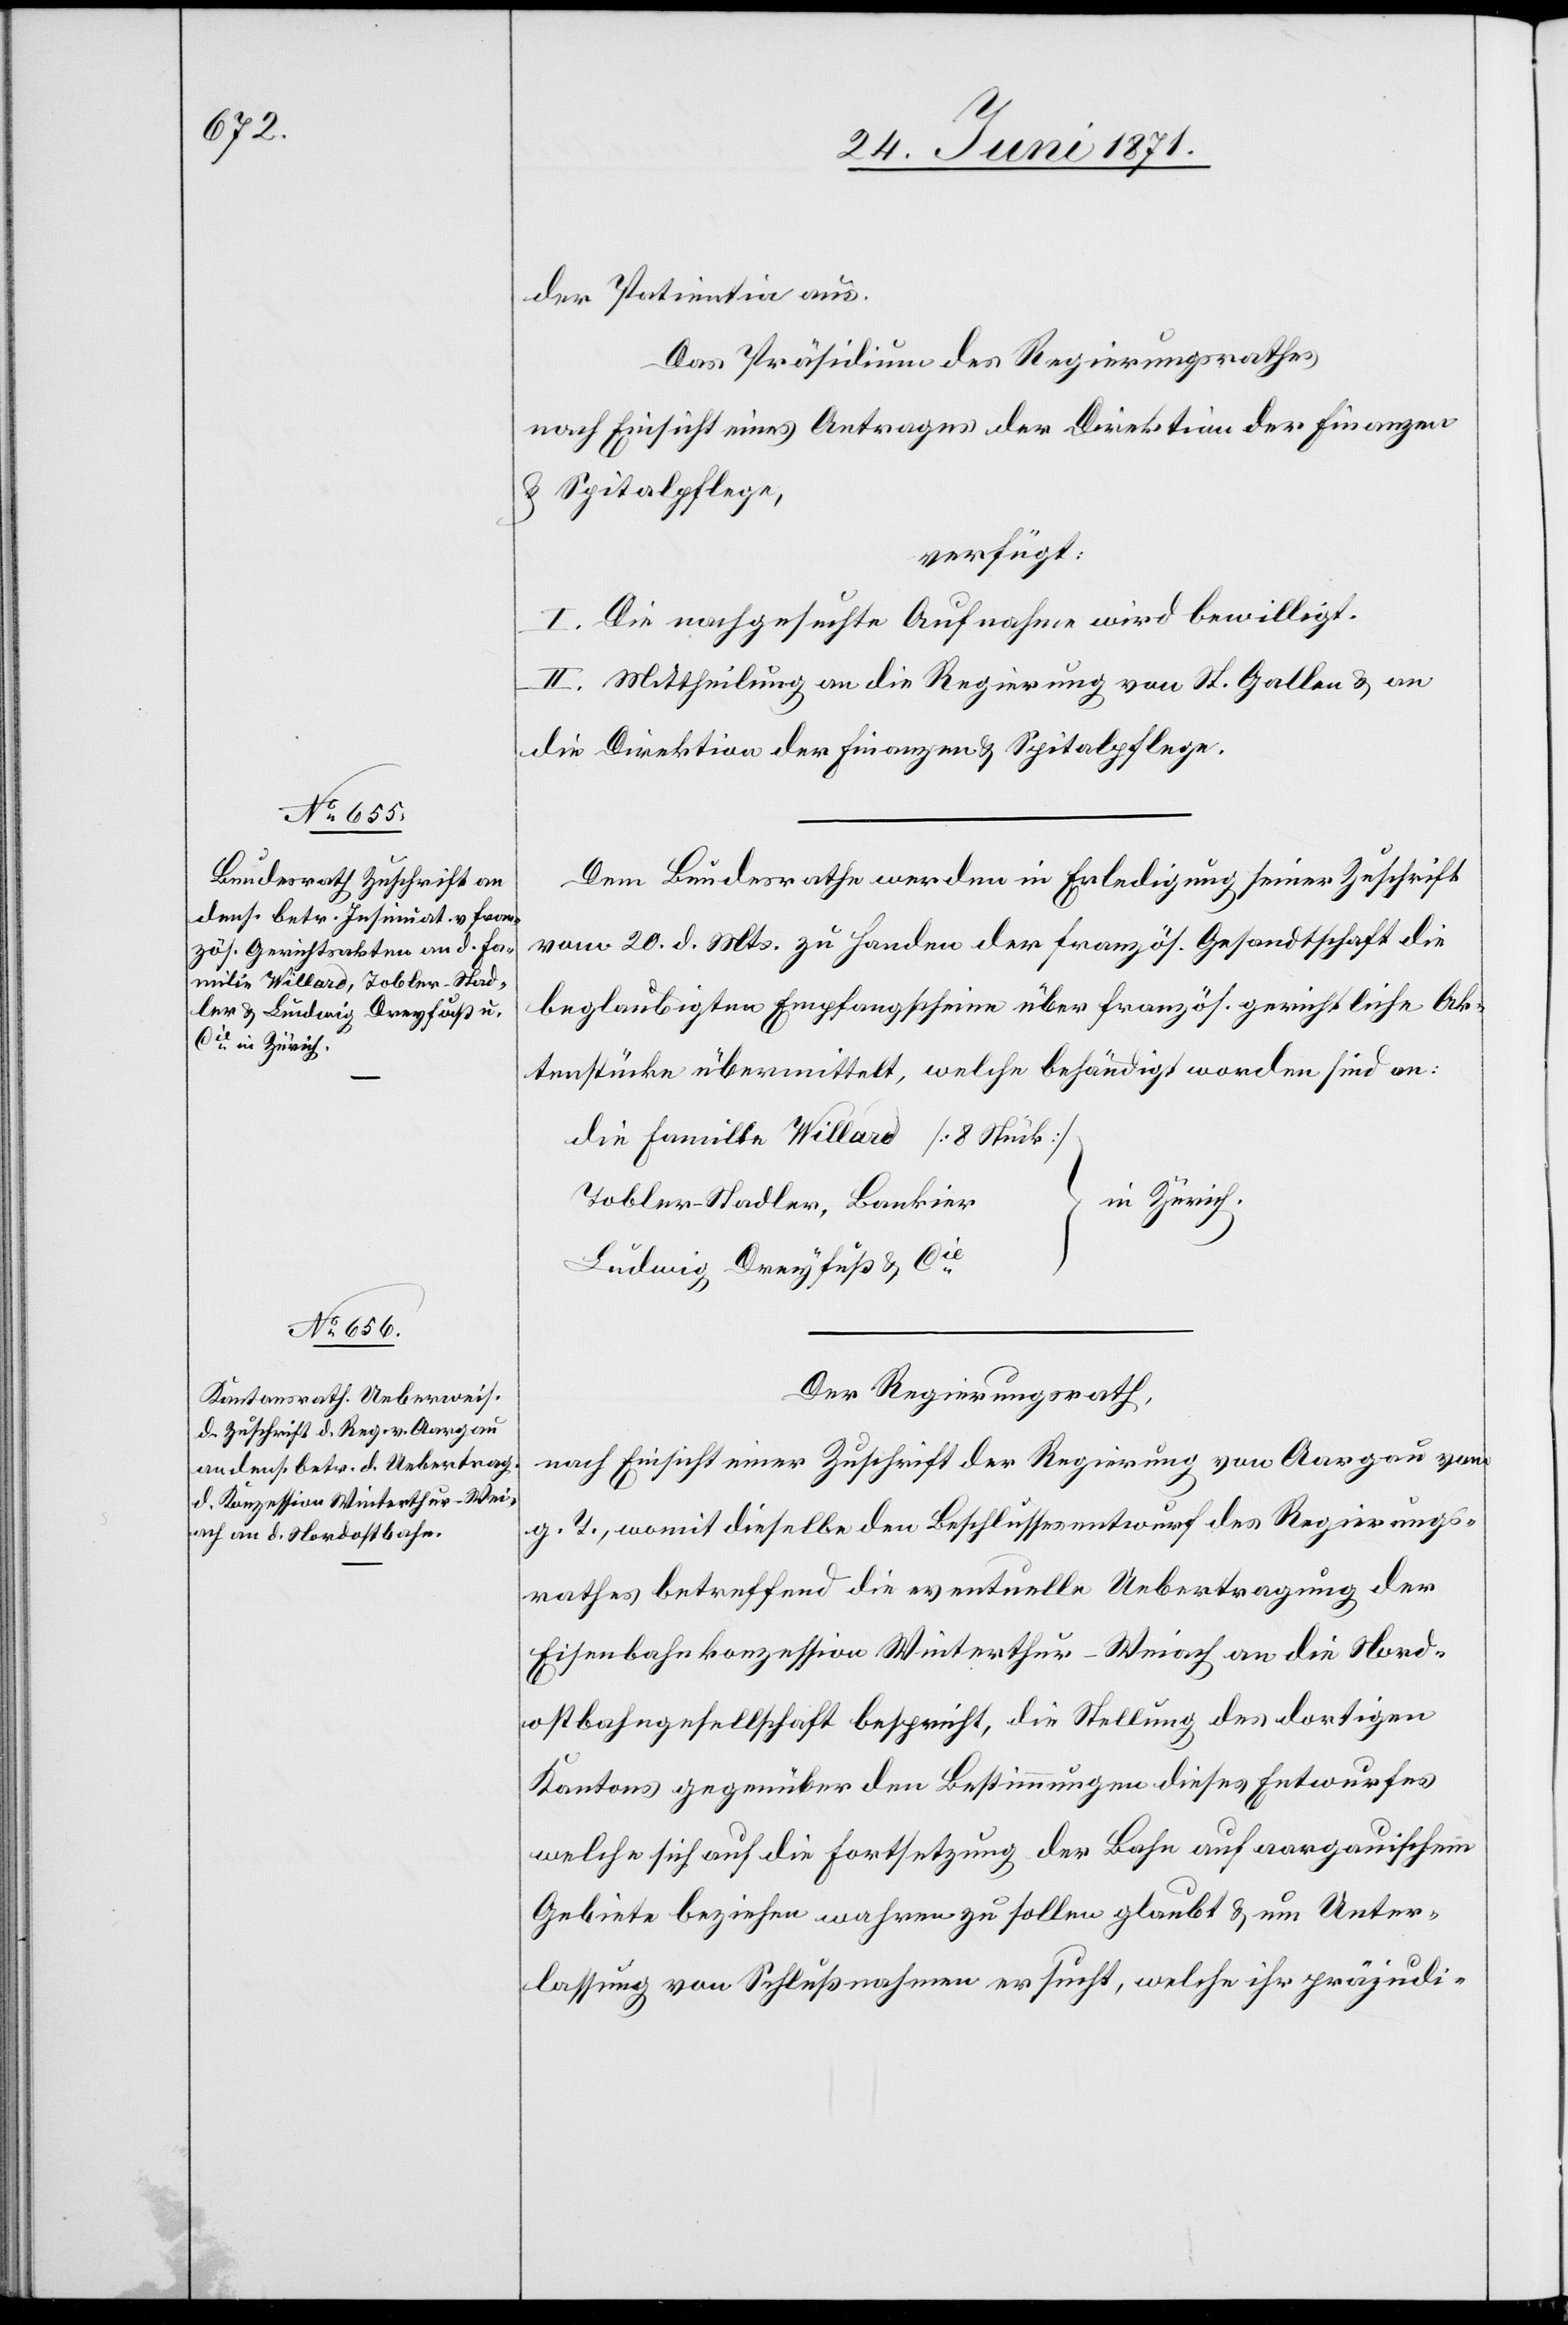
28. Juni 1871.]
der Patientin aus.
Das Präsidium des Regierungsrathes
nach Einsicht eines Antrages der Direktion der Finanzen
u. Spitalpflege,
verfügt:
I. Die nachgesuchte Aufnahme wird bewilligt.
II. Mittheilung an die Regierung von St. Gallen u. an
die Direktion der Finanzen u. Spitalpflege.
Dem Bundesrathe werden in Erledigung seiner Zuschrift
vom 20. d. Mts. zu Handen der französ. Gesandtschaft die
beglaubigten Empfangscheine über französ. gerichtliche Ak¬
tenstücke übermittelt, welche behändigt worden sind an:
die Famille Willard [8 Stück]
[in Zürich]
Tobler Stadler, Bankier
Ludwig Dreyfuß & Cie.
Der Regierungsrath,
nach Einsicht einer Zuschrift der Regierung von Aargau vom
g. T., womit dieselbe den Beschlussesentwurf des Regierungs¬
rathes betreffend die eventuelle Uebertragung der
Eisenbahnkonzession Winterthur-Weiach an die Nord¬
ostbahngesellschaft bespricht, die Stellung des dortigen
Kantons gegenüber den Bestimmungen dieses Entwurfes
welche sich auf die Fortsetzung der Bahn auf aargauischem
Gebiete beziehen wahren zu sollen glaubt u. um Unter¬
lassung von Schlußnahmen ersucht, welche ihr präjudi-